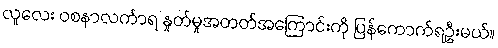
လူလေး ဝစနာလင်္ကာရ နှုတ်မှုအတတ်အကြောင်းကို ပြန်ကောက်ရဦးမယ်။